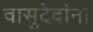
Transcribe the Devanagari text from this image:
वासुदेवांना